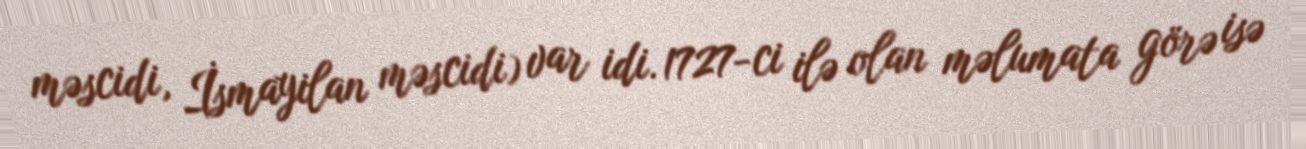
məscidi, İsmayilan məscidi) var idi. 1727-ci ilə olan məlumata görə isə